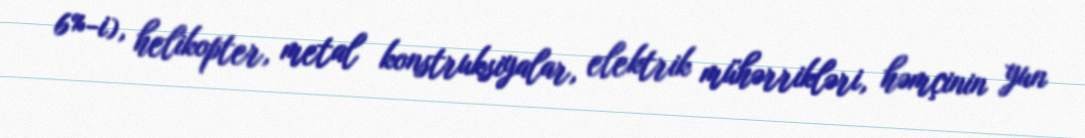
6%-i), helikopter, metal konstruksiyalar, elektrik mühərrikləri, həmçinin yun